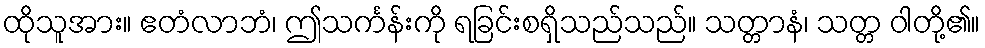
ထိုသူအား။ ဧတံလာဘံ၊ ဤသင်္ကန်းကို ရခြင်းစရှိသည်သည်။ သတ္တာနံ၊ သတ္တ ဝါတို့၏။